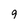
Character: 9